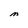
Character: M